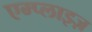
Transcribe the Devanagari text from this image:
एम्प्लाइज़